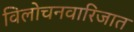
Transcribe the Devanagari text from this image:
विलोचनवारिजात